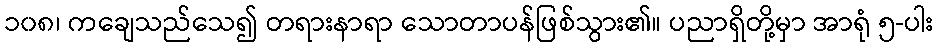
၁၀၈၊ ကချေသည်သေ၍ တရားနာရာ သောတာပန်ဖြစ်သွား၏။ ပညာရှိတို့မှာ အာရုံ ၅-ပါး